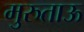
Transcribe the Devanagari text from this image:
मुरुताऊ